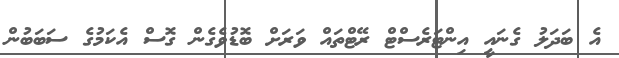
އެ ބަދަލު ގެނައީ އިންޓަރެސްޓް ރޭޓްތައް ވަރަށް ބޮޑުވެގެން ގޮސް އެކަމުގެ ސަބަބުން